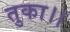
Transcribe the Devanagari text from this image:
तुका।।